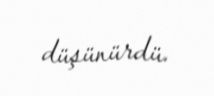
düşünürdü.